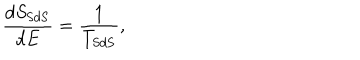
LaTeX: \frac { d S _ { \mathrm { S d S } } } { d E } = \frac { 1 } { T _ { \mathrm { S d S } } } ,